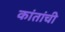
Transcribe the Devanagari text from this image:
कांतांची